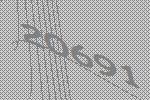
20691